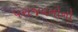
પરાજયનોનો